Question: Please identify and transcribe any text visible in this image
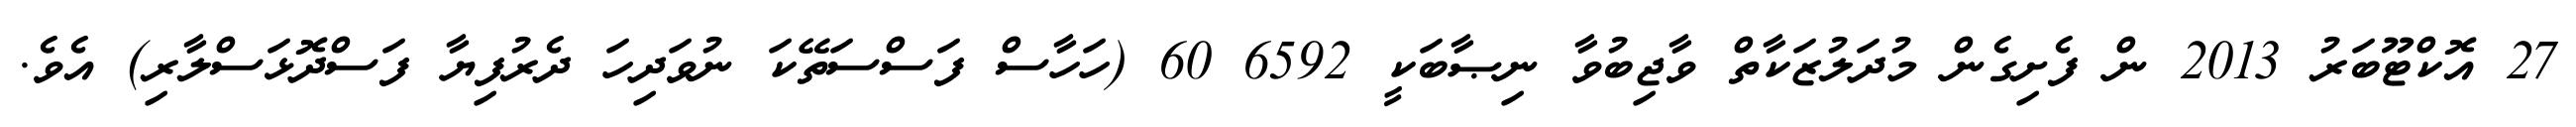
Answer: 27 އޮކްޓޫބަރު 2013 ން ފެށިގެން މުދަލުޒަކާތް ވާޖިބުވާ ނިޞާބަކީ 6592 60 (ހަހާސް ފަސްސަތޭކަ ނުވަދިހަ ދެރުފިޔާ ފަސްދޮޅަސްލާރި) އެވެ.